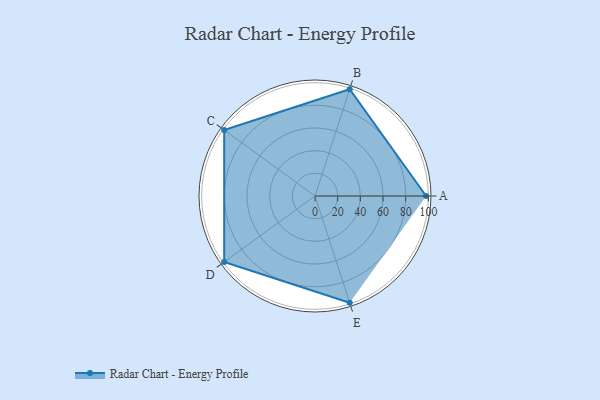
{"axis": {"x": "Skill", "y": "Score"}, "legend": ["Profile"], "data": [{"x": "A", "y": 98.0, "type": "Profile"}, {"x": "B", "y": 99, "type": "Profile"}, {"x": "C", "y": 99, "type": "Profile"}, {"x": "D", "y": 99, "type": "Profile"}, {"x": "E", "y": 99, "type": "Profile"}]}